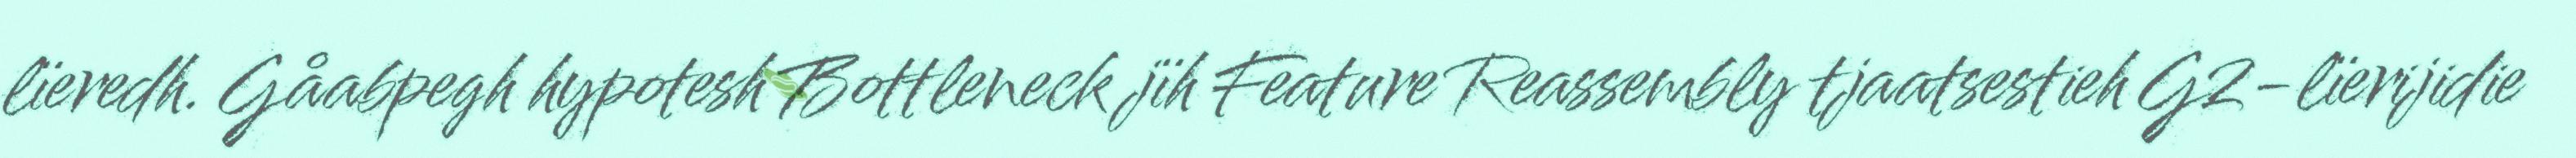
lïeredh. Gåabpegh hypotesh Bottleneck jïh Feature Reassembly tjaatsestieh G2-lïerijidie